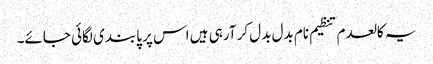
یہ کالعدم تنظیم نام بدل بدل کر آرہی ہیں اس پر پابندی لگائی جائے۔